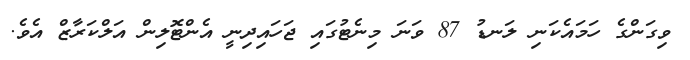
ވިގަންގެ ހަމައެކަނި ލަނޑު 87 ވަނަ މިނެޓުގައި ޖަހައިދިނީ އެންޓޮލިން އަލްކަރާޒް އެވެ.